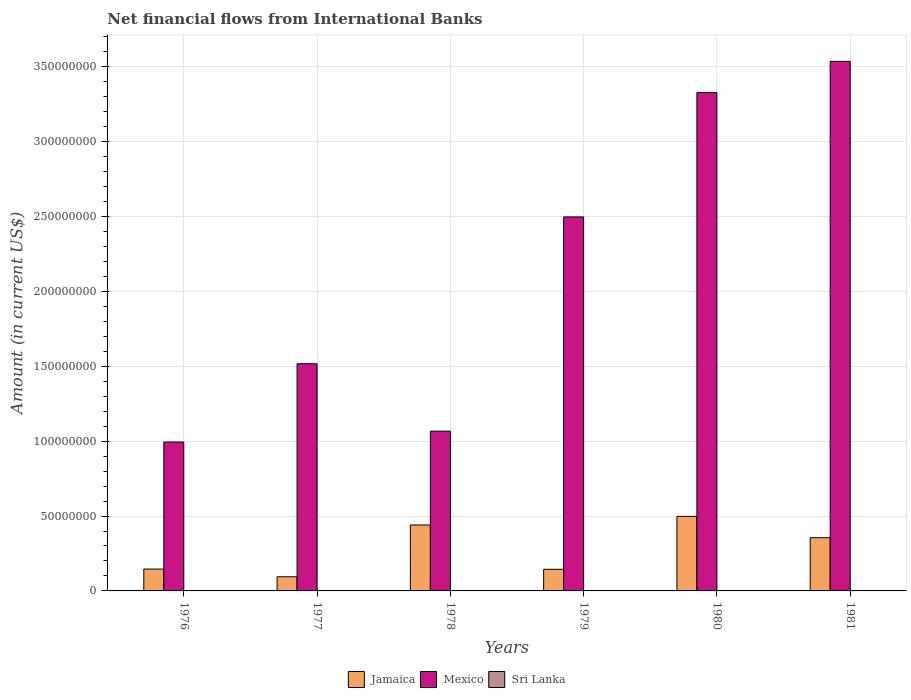
| Years | Jamaica | Mexico | Sri Lanka |
 | --- | --- | --- | --- |
 | 1976 | 1.46e+07 | 9.94e+07 | -1.83e+05 |
 | 1977 | 9.44e+06 | 1.52e+08 | -3.36e+06 |
 | 1978 | 4.4e+07 | 1.07e+08 | -2.48e+06 |
 | 1979 | 1.44e+07 | 2.5e+08 | -1.78e+06 |
 | 1980 | 4.98e+07 | 3.33e+08 | -1.92e+06 |
 | 1981 | 3.56e+07 | 3.54e+08 | -1.91e+06 |